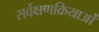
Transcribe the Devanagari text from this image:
सर्वेक्षणक्रियाओं